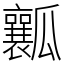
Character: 瓤